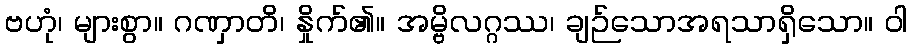
ဗဟုံ၊ များစွာ။ ဂဏှာတိ၊ နှိုက်၏။ အမ္ဗိလဂ္ဂဿ၊ ချဉ်သောအရသာရှိသော။ ဝါ